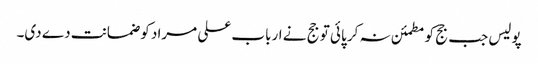
پولیس جب جج کو مطمئن نہ کر پائی تو جج نے ارباب علی مراد کو ضمانت دے دی۔